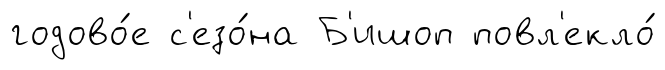
годово́е с'езо́на Б'ишоп повл'екло́